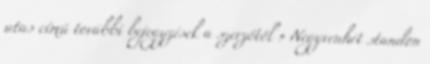
utas című további bejegyzések a szerzőtől » Negyvenhét standon